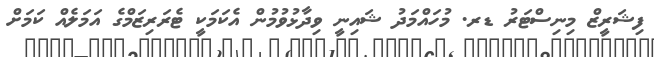
ފިޝަރީޒް މިނިސްޓަރު ޑރ. މުހައްމަދު ޝައިނީ ވިދާޅުވުމުން އެކަމަކީ ޓެރަރިޒަމްގެ އަމަލެއް ކަމަށް